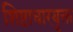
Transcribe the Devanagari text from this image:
शिष्टाचारयुक्त